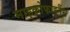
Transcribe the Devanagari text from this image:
माइक्रोफाइनैंस